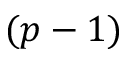
( p - 1 )